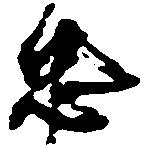
忠